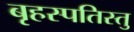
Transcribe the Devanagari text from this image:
बृहस्पतिस्तु